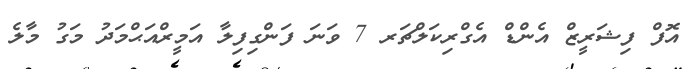
އޮފް ފިޝަރީޒް އެންޑް އެގްރިކަލްޗަރ 7 ވަނަ ފަންގިފިލާ އަމީރްއަޙްމަދު މަގު މާލެ